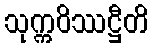
သုက္ကဝိဿဋ္ဌီတိ